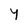
Character: Y